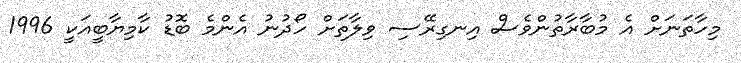
މިހާތަނަށް އެ މުބާރާތުންވެސް އިނގިރޭސި ވިލާތަށް ހޯދުނު އެންމެ ބޮޑު ކާމިޔާބީއަކީ 1996